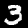
Digit: 3